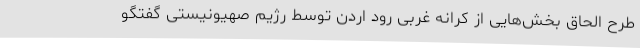
طرح الحاق بخش‌هایی از کرانه غربی رود اردن توسط رژیم صهیونیستی گفتگو